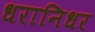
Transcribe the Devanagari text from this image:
धरानिधर